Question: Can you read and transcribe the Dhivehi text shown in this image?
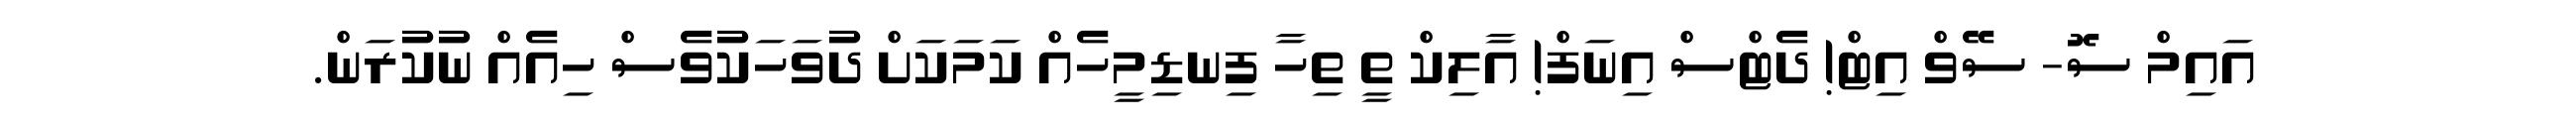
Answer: އައިމް ސޮ- ސޭވް އިޓް! ދެޓްސް އިނަފް! އާލިކް ތީ ތިހާ ފިނޑިމީހެއް ކަމަކަށް ދުވަހަކުވެސް ހިއެއް ނުކުރަން.